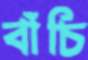
বাঁচি